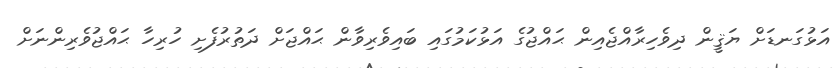
އަޅުގަނޑަށް ޔަޤީން ދިވެހިރާއްޖެއިން ޙައްޖުގެ އަޅުކަމުގައި ބައިވެރިވާން ޙައްޖަށް ދަތުރުފެށި ހުރިހާ ޙައްޖުވެރިންނަށް